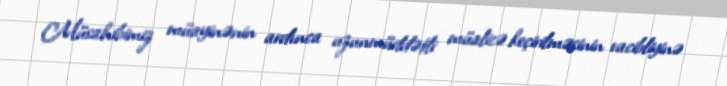
Müsahibimiz müayinənin ardınca uzunmüddətli müalicə keçirilməsinin vacibliyinə